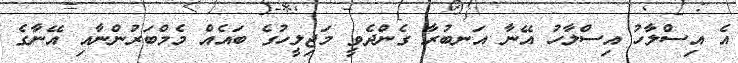
އެ އިސްލާހު އިސްލާހު އޭނާ އަނބުރާ ގެންދެވީ މަޖިލީހުގެ ބައެއް މެމްބަރުންނާއި އޭނާގެ